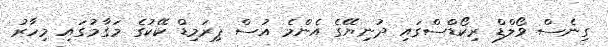
ގިނެސް ވޯލްޑް ރިކޯޑްސްގައި ދުނިޔޭގެ އެންމެ އުސް ޕިރަމިޑް ކޭކުގެ މަގާމުގައި މިހާރު